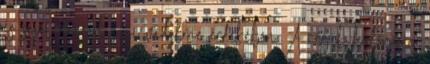
és saját maguk jogi védelme érdekében. A cégek különösen